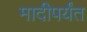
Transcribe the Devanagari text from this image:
मादीपर्यंत